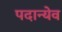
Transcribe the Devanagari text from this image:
पदान्येव